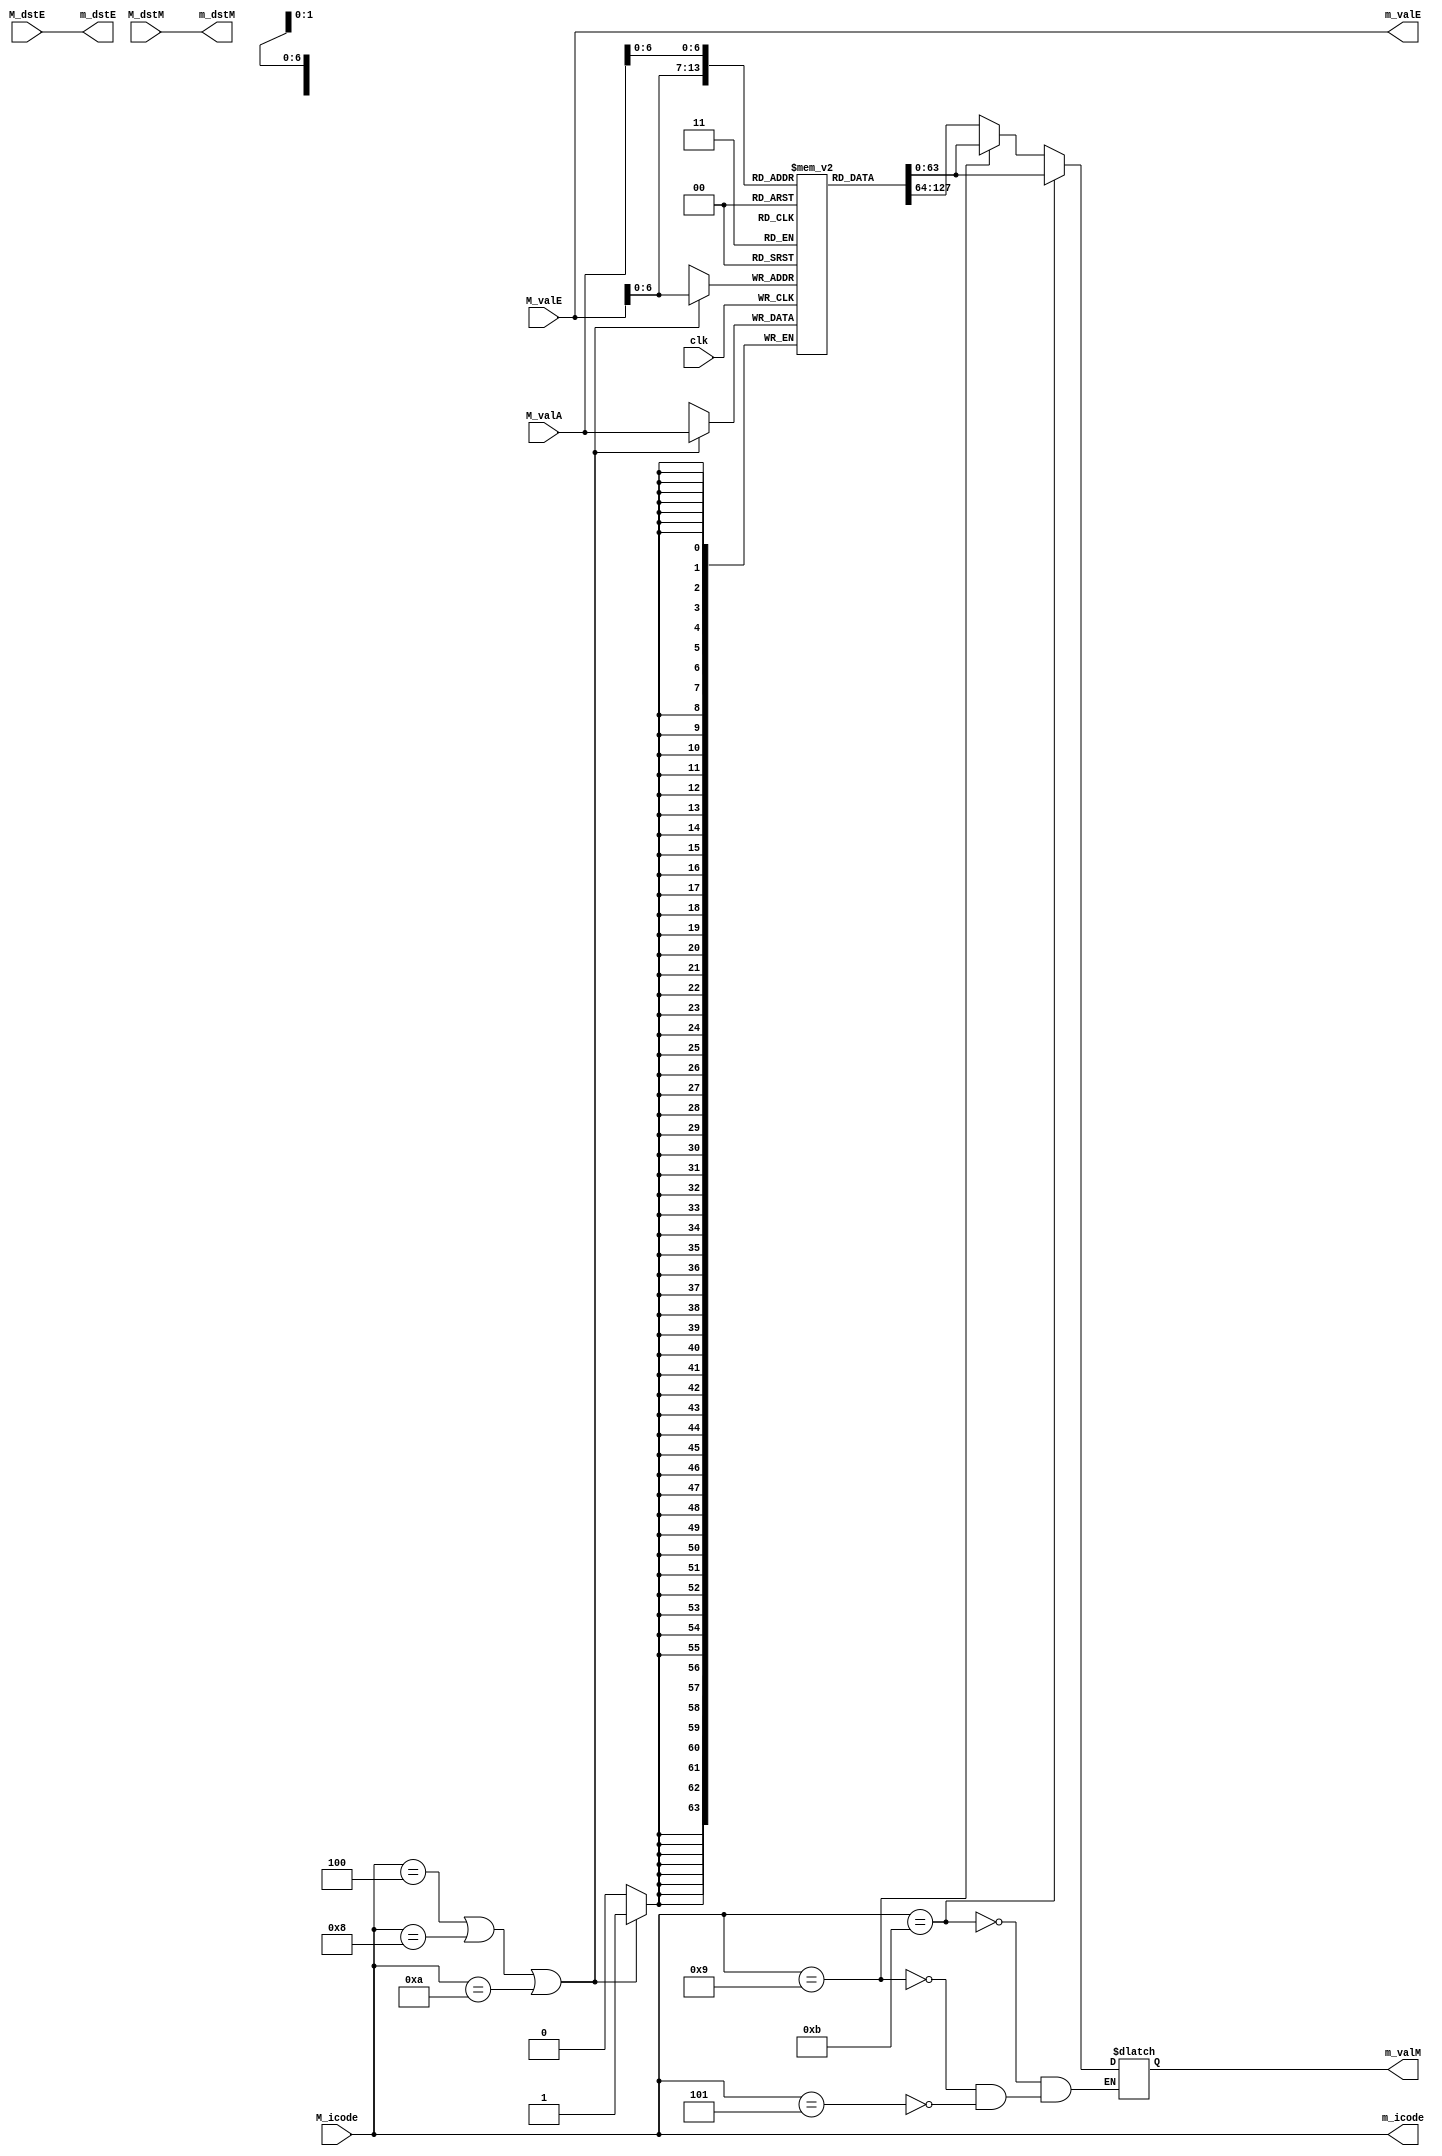
module memory(clk, M_icode, M_valA, M_valE, M_dstE, M_dstM, m_icode, m_dstE, m_dstM, m_valM, m_valE);

input clk;
input  [3:0] M_icode, M_dstE, M_dstM;
input  [63:0] M_valA, M_valE;

output reg [63:0] m_valM;
output reg [63:0] m_valE;
output reg [3:0] m_icode, m_dstE, m_dstM;
reg [64:1] mem [0:100];


always@(*)
    begin
        m_dstM = M_dstM;
        m_valE = M_valE;
        m_icode = M_icode;
        m_dstE = M_dstE;
        
    end



always @(*)

begin

    if (M_icode == 4'b0101) begin       // mrmovq
        
        m_valM = mem[M_valE];
    end

      if (M_icode == 4'b1001) begin       // ret
        
        m_valM = mem[M_valA];
    end

      if (M_icode == 4'b1011) begin       // popq
        
        m_valM = mem[M_valA];
    end

end



always @(posedge clk)

begin


    if (M_icode == 4'b0100 || M_icode == 4'b1000 || M_icode==4'b1010) begin   //rmmovq
         mem[M_valE] = M_valA;
    end

end


endmodule